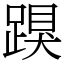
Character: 䠐